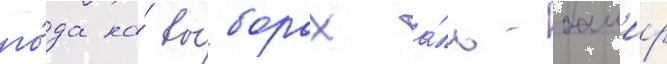
го́да на́ вы́борах а́ль-башир